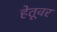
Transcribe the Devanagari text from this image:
हेतूवर